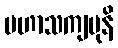
မဟာသကျမုနိ